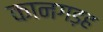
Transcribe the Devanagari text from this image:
कानगड़ह